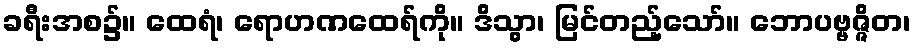
ခရီးအစ၌။ ထေရံ၊ ရောဟဏထေရ်ကို။ ဒိသွာ၊ မြင်တည့်သော်။ ဘောပဗ္ဗဇ္ဇိတ၊